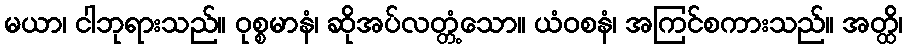
မယာ၊ ငါဘုရားသည်။ ဝုစ္စမာနံ၊ ဆိုအပ်လတ္တံ့သော။ ယံဝစနံ၊ အကြင်စကားသည်။ အတ္ထိ၊